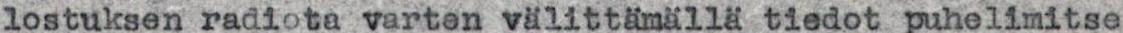
lostuksen radiota varten välittämällä tiedot puhelimitse